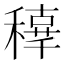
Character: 𥢟